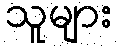
သူများ